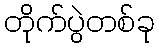
တိုက်ပွဲတစ်ခု